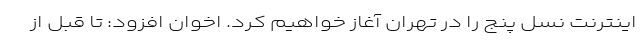
اینترنت نسل پنج را در تهران آغاز خواهیم کرد. اخوان افزود: تا قبل از